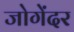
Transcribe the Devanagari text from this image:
जोगेंदर